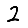
Digit: 2